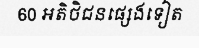
60 អតិថិជនផ្សេងទៀត